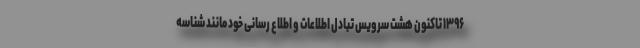
۱۳۹۶ تاکنون هشت سرویس تبادل اطلاعات و اطلاع رسانی خود مانند شناسه